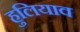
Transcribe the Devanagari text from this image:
हुलियाव